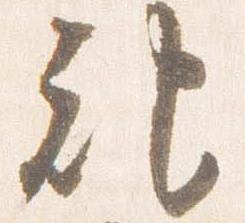
記